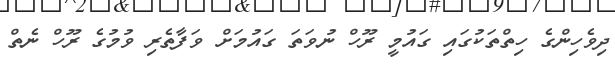
ދިވެހިންގެ ހިތްތަކުގައި ގައުމީ ރޫހް ނުވަތަ ގައުމަށް ވަފާތެރި ވުމުގެ ރޫހް ނެތް